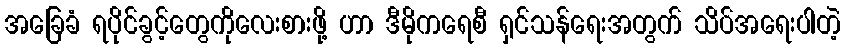
အခြေခံ ရပိုင်ခွင့်တွေကိုလေးစားဖို့ ဟာ ဒီမိုကရေစီ ရှင်သန်ရေးအတွက် သိပ်အရေးပါတဲ့